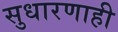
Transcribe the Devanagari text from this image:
सुधारणाही